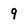
Character: 9